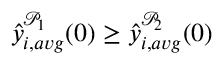
\hat { y } _ { i , a v g } ^ { \mathcal { P } _ { 1 } } ( 0 ) \geq \hat { y } _ { i , a v g } ^ { \mathcal { P } _ { 2 } } ( 0 )